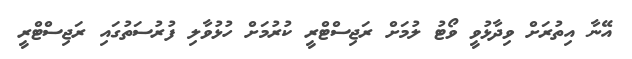
އޭނާ އިތުރަށް ވިދާޅުވީ ވޯޓު ލުމަށް ރަޖިސްޓްރީ ކުރުމަށް ހުޅުވާލި ފުރުސަތުގައި ރަޖިސްޓްރީ